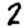
Digit: 2